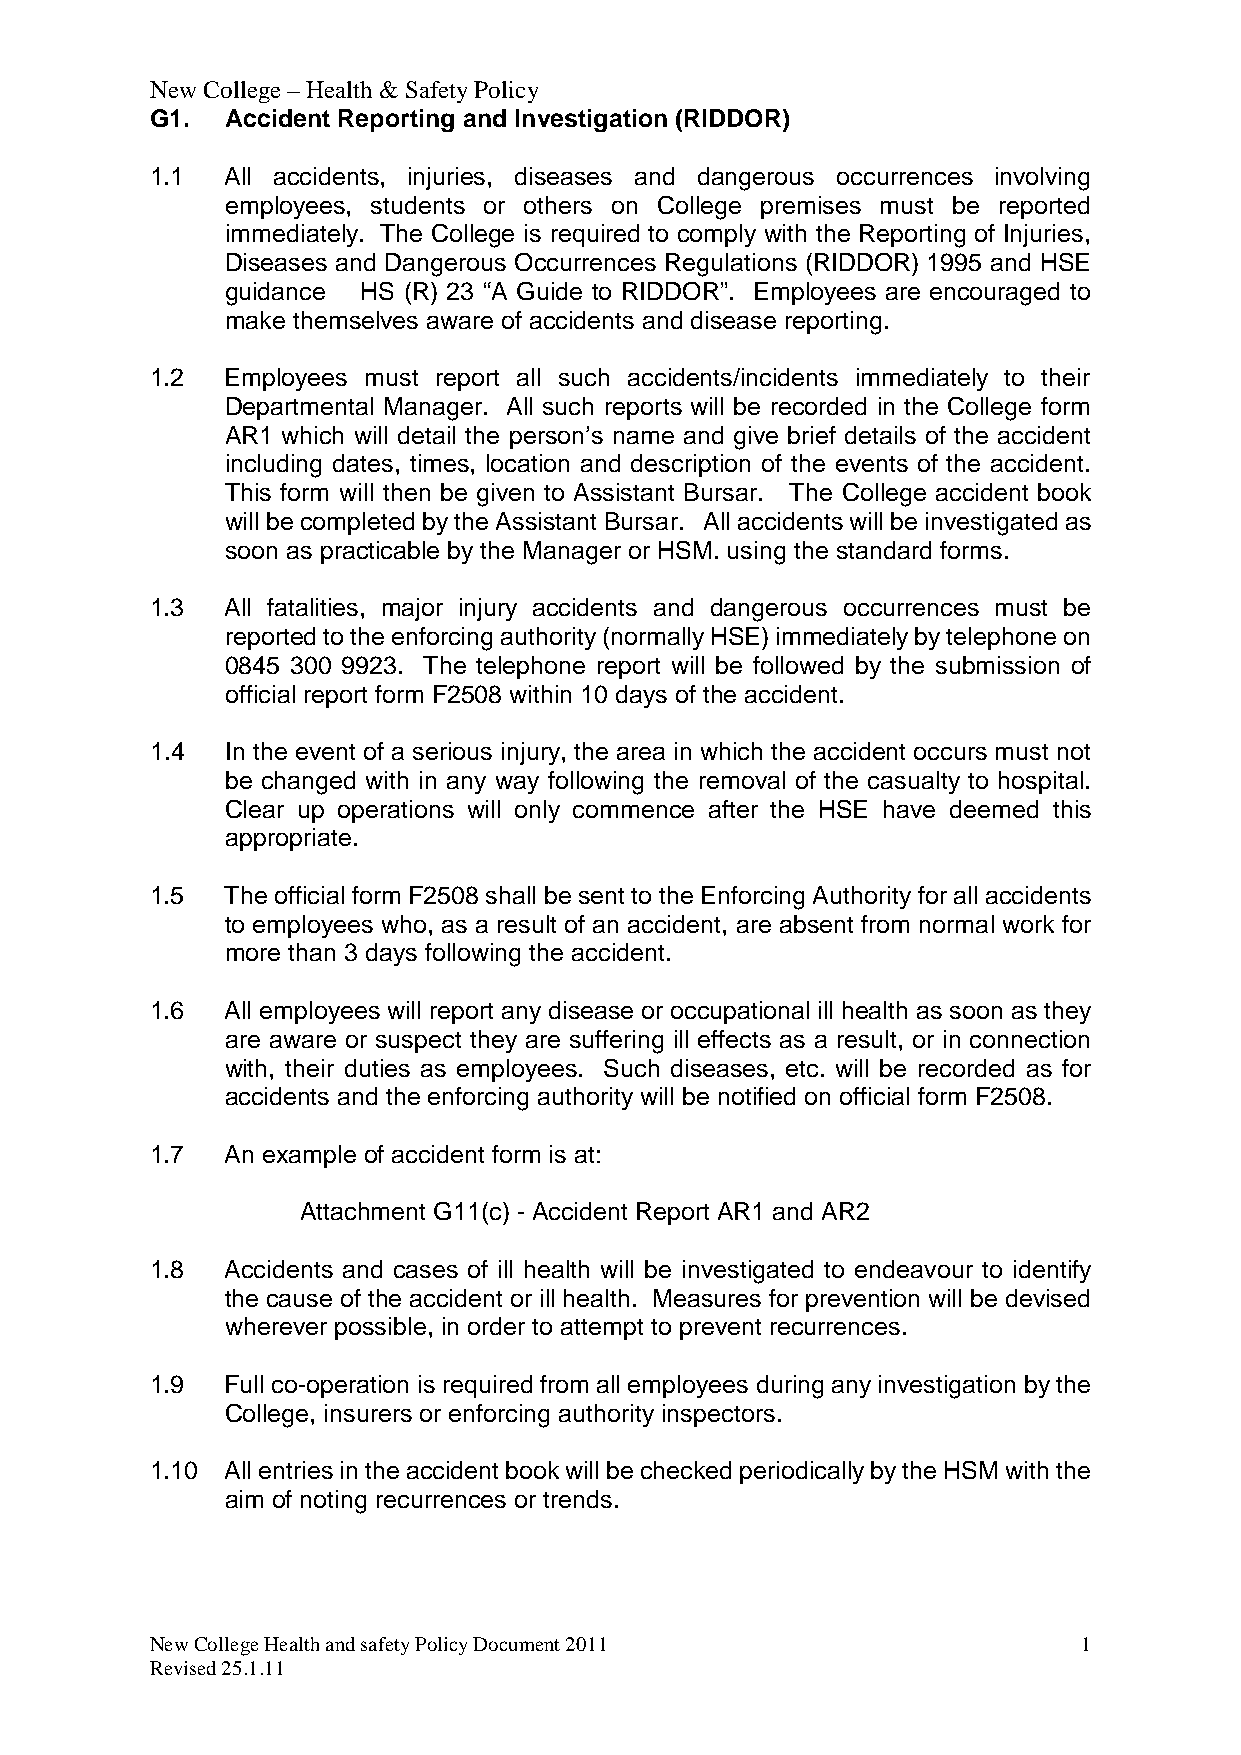
New College – Health & Safety Policy
 G1.  Accident Reporting and Investigation (RIDDOR)
 1.1  All accidents, injuries, diseases and dangerous occurrences involving
 employees, students or others on College premises must be reported
 immediately. The College is required to comply with the Reporting of Injuries,
 Diseases and Dangerous Occurrences Regulations (RIDDOR) 1995 and HSE
 guidance HS (R) 23 “A Guide to RIDDOR”. Employees are encouraged to
 make themselves aware of accidents and disease reporting.
 1.2  Employees must report all such accidents/incidents immediately to their
 Departmental Manager. All such reports will be recorded in the College form
 AR1 which will detail the person’s name and give brief details of the accident
 including dates, times, location and description of the events of the accident.
 This form will then be given to Assistant Bursar. The College accident book
 will be completed by the Assistant Bursar. All accidents will be investigated as
 soon as practicable by the Manager or HSM. using the standard forms.
 1.3  All fatalities, major injury accidents and dangerous occurrences must be
 reported to the enforcing authority (normally HSE) immediately by telephone on
 0845 300 9923. The telephone report will be followed by the submission of
 official report form F2508 within 10 days of the accident.
 1.4  In the event of a serious injury, the area in which the accident occurs must not
 be changed with in any way following the removal of the casualty to hospital.
 Clear up operations will only commence after the HSE have deemed this
 appropriate.
 1.5  The official form F2508 shall be sent to the Enforcing Authority for all accidents
 to employees who, as a result of an accident, are absent from normal work for
 more than 3 days following the accident.
 1.6  All employees will report any disease or occupational ill health as soon as they
 are aware or suspect they are suffering ill effects as a result, or in connection
 with, their duties as employees. Such diseases, etc. will be recorded as for
 accidents and the enforcing authority will be notified on official form F2508.
 1.7  An example of accident form is at:
 Attachment G11(c) - Accident Report AR1 and AR2
 1.8  Accidents and cases of ill health will be investigated to endeavour to identify
 the cause of the accident or ill health. Measures for prevention will be devised
 wherever possible, in order to attempt to prevent recurrences.
 1.9  Full co-operation is required from all employees during any investigation by the
 College, insurers or enforcing authority inspectors.
 1.10 All entries in the accident book will be checked periodically by the HSM with the
 aim of noting recurrences or trends.
 New College Health and safety Policy Document 2011            1
 Revised 25.1.11